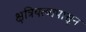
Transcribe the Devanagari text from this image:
क्षत्रियत्वापासून